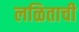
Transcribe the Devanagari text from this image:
लळिताची